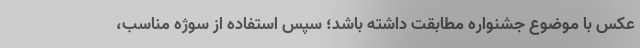
عکس با موضوع جشنواره مطابقت داشته باشد؛ سپس استفاده از سوژه مناسب،